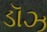
ડૉઝ